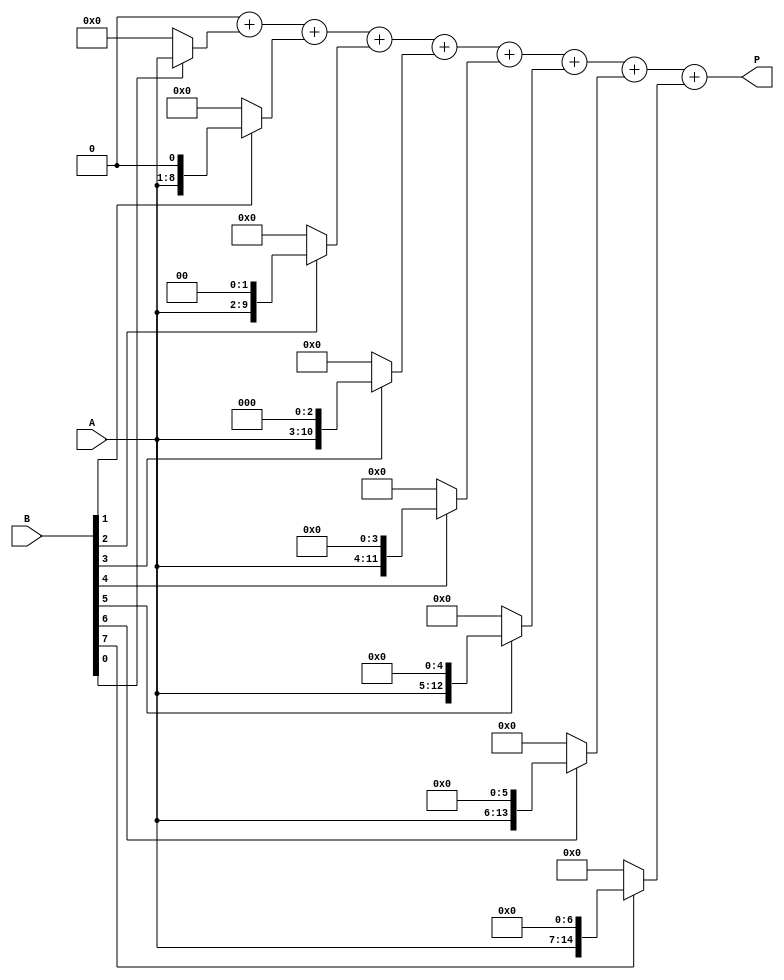
module radix2_multiplier #(parameter N = 8) (
    input [N-1:0] A,           // Multiplicand
    input [N-1:0] B,           // Multiplier
    output reg [2*N-1:0] P     // Product
);

    reg [2*N-1:0] pp [0:N-1];   // Partial Products
    integer i;

    always @(*) begin
        // Initialize Product
        P = 0;

        // Generate Partial Products
        for (i = 0; i < N; i = i + 1) begin
            pp[i] = {N{1'b0}}; // Clear Partial Product
            pp[i] = (B[i] == 1) ? (A << i) : {N{1'b0}};
            // Sum Partial Products
            P = P + pp[i];
        end
    end
endmodule